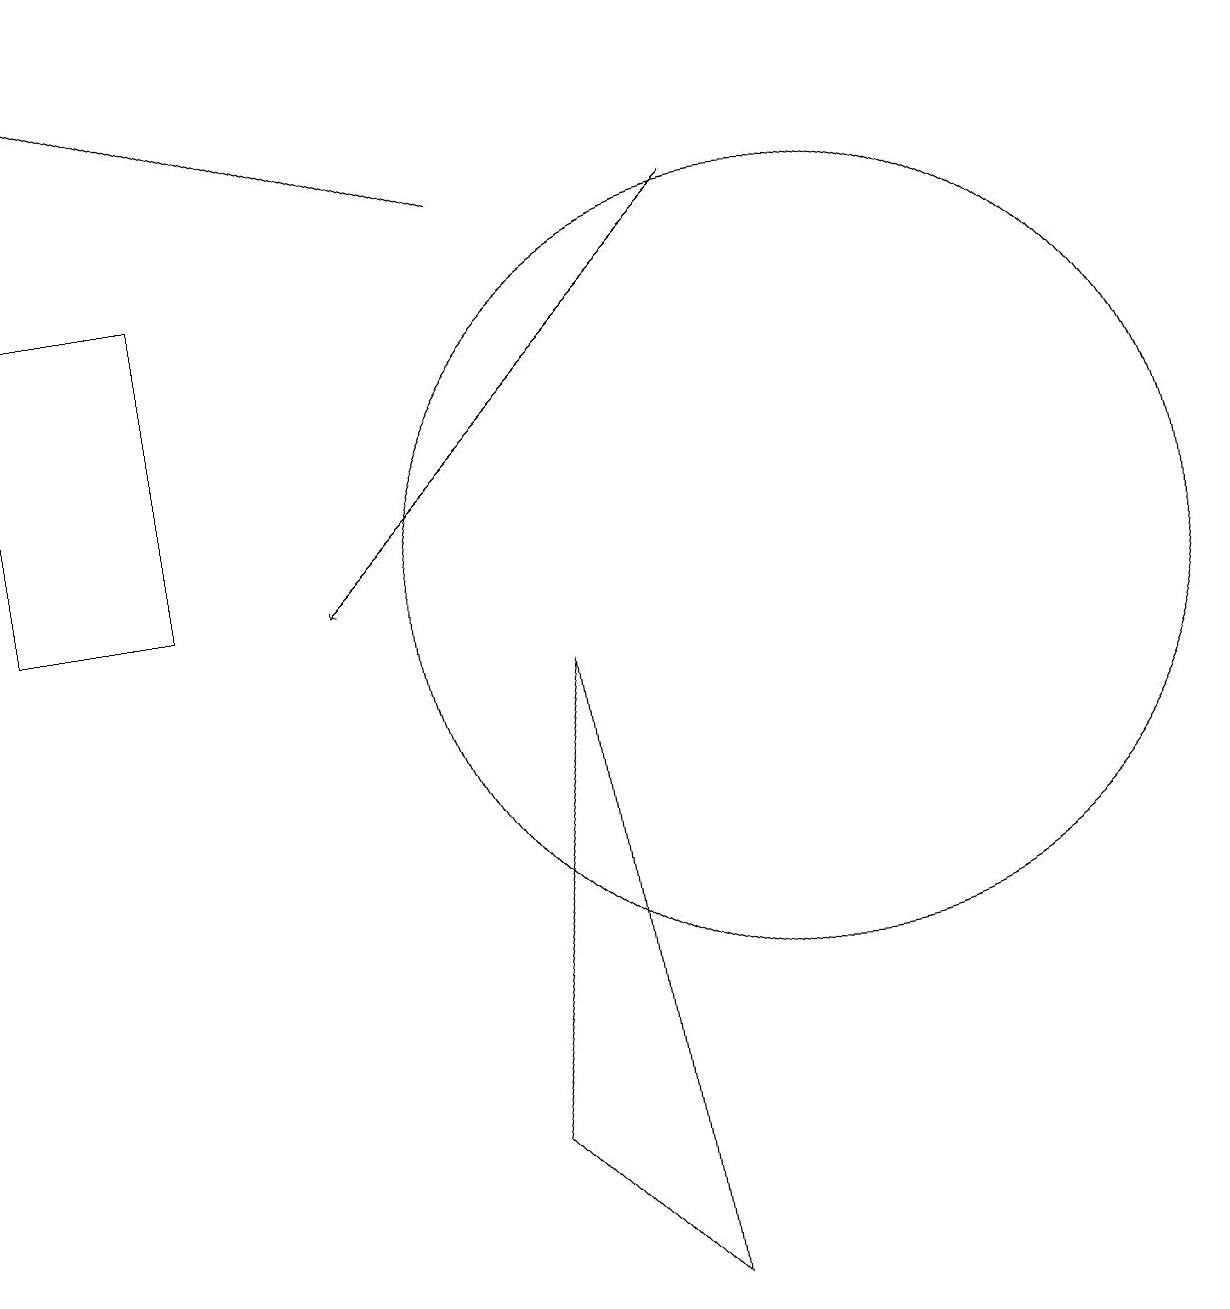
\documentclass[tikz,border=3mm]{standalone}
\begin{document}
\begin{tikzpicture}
\draw[->] (6,15) -- (0,17);
\draw (6,3) -- (8,1) -- (7,9) -- cycle;
\draw (10,10) circle (5);
\draw[->] (9,15) -- (4,10);
\draw (2,10) rectangle (0,14);
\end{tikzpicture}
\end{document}